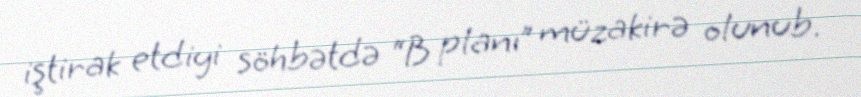
iştirak etdiyi söhbətdə “B planı” müzakirə olunub.